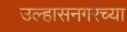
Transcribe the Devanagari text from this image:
उल्हासनगरच्या